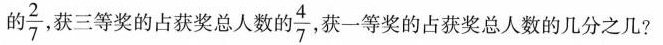
的 \frac{2}{7} ，获三等奖的占获奖总人数的 \frac{4}{7} ，获一等奖的占获奖总人数的几分之几?